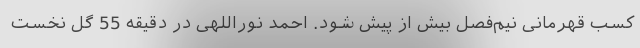
کسب قهرمانی نیم‌فصل بیش از پیش شود. احمد نوراللهی در دقیقه 55 گل نخست